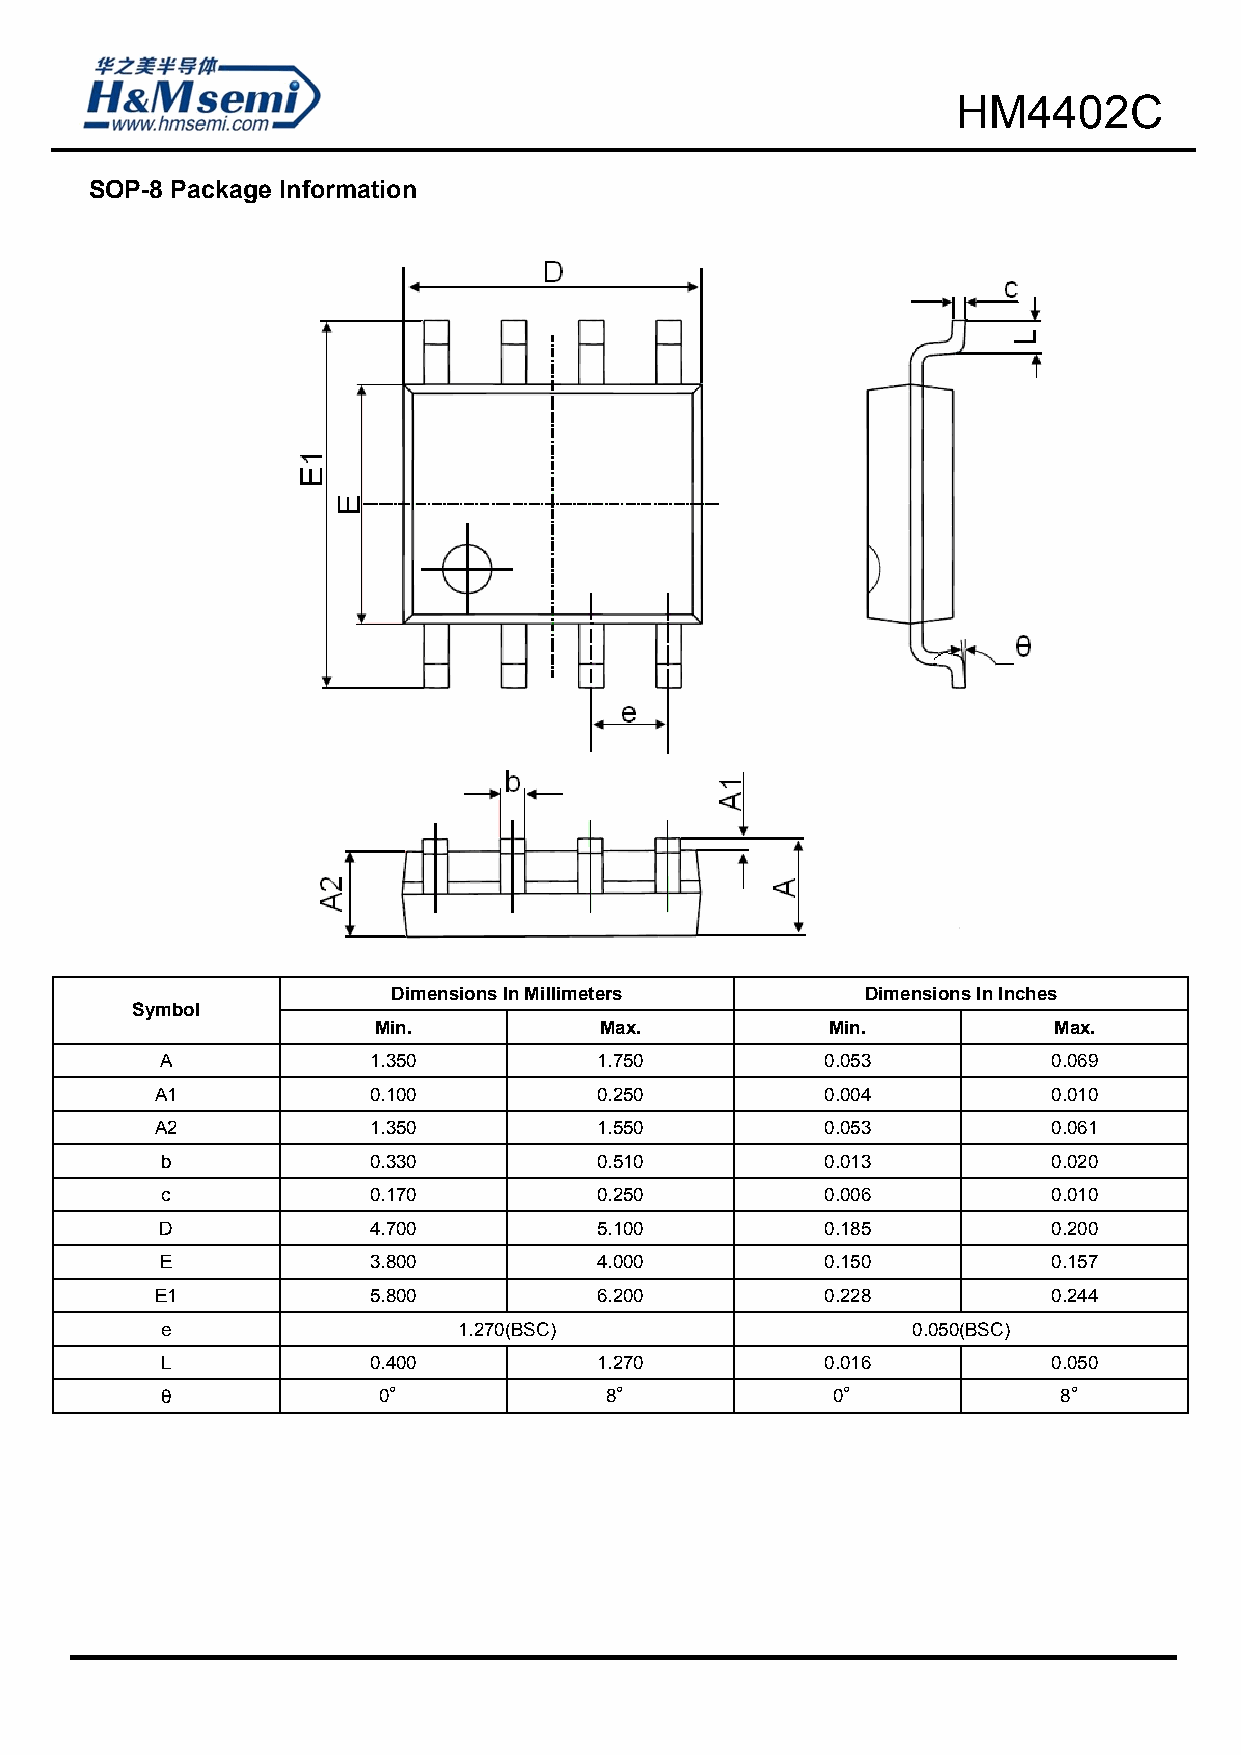
HM4402C
 SOP-8 Package Information
 Dimensions In Millimeters      Dimensions In Inches
 Symbol
 Min.           Max.           Min.           Max.
 A            1.350          1.750           0.053          0.069
 A1            0.100          0.250           0.004          0.010
 A2            1.350          1.550           0.053          0.061
 b            0.330           0.510          0.013          0.020
 c            0.170          0.250           0.006          0.010
 D            4.700          5.100           0.185          0.200
 E            3.800          4.000           0.150          0.157
 E1            5.800          6.200           0.228          0.244
 e                  1.270(BSC)                    0.050(BSC)
 L            0.400           1.270          0.016          0.050
 θ             0° 8            ° 0            ° 8            °